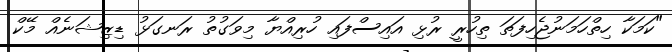
"ކަމަކާ ހިތްހަމަނުޖެހިފަތަ ތިހުރީ ރުޅި އައިސްފައި ހުރިއްޔާ މިވަގުތު ރަނގަޅު ޑިޒިޝަނެއް މޭކް